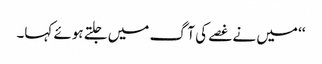
‘‘ میں نے غصے کی آگ میں جلتے ہوئے کہا۔